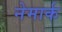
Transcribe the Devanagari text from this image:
नेमार्क